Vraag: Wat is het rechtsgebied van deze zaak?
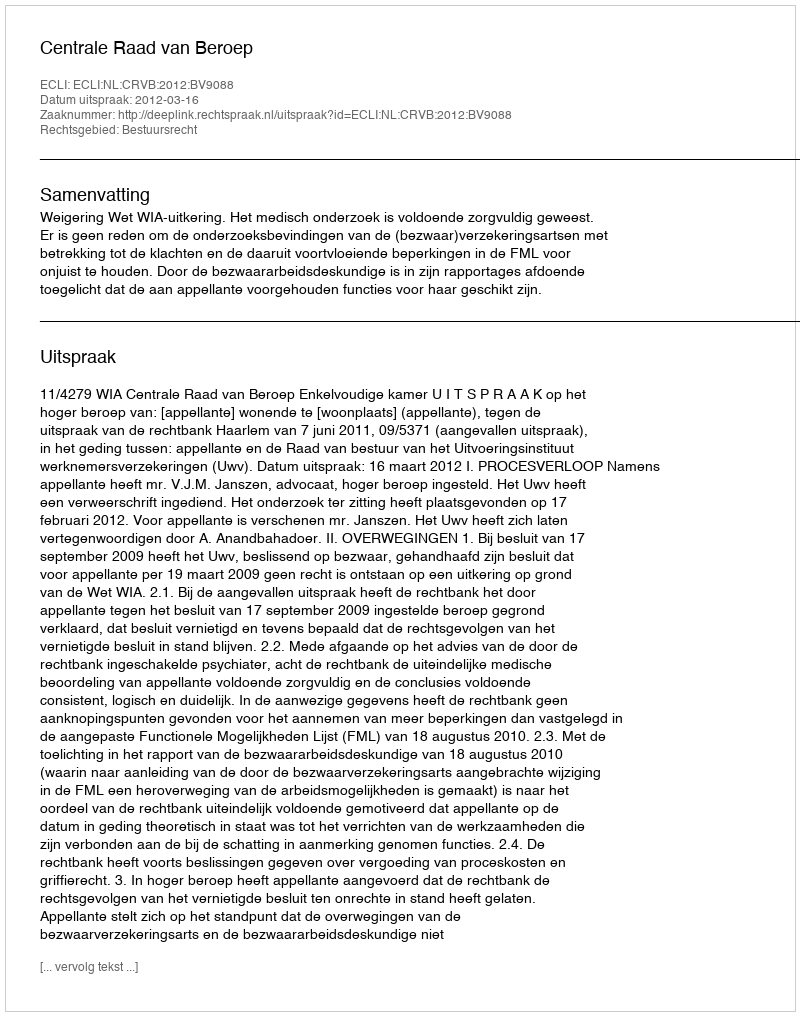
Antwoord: Bestuursrecht